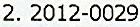
2. 2012-0029